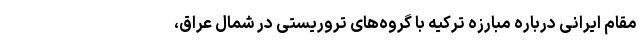
مقام ایرانی درباره مبارزه ترکیه با گروه‌های تروریستی در شمال عراق،